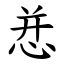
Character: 㤣